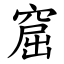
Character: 窟